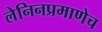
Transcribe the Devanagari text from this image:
लेनिनप्रमाणेच